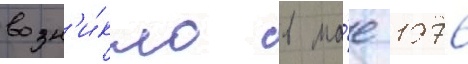
возн'и́кло в ма́е 1976